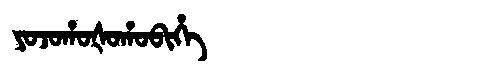
Manchu: ᠶᠣᠵᠣᡥᠣᡧᠣᡥᠣᠪᡳᡥᡝ
Romanization: YOJOHOŠOHOBIHE